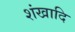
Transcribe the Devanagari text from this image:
शंखादि